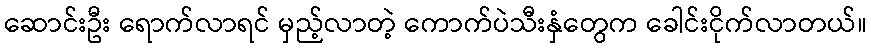
ဆောင်းဦး ရောက်လာရင် မှည့်လာတဲ့ ကောက်ပဲသီးနှံတွေက ခေါင်းငိုက်လာတယ်။